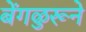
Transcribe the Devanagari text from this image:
बेंगळुरूने